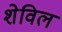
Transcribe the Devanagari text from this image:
शेविल